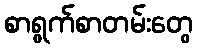
စာရွက်စာတမ်းတွေ